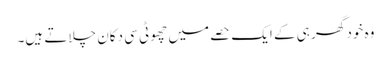
وہ خود گھر ہی کے ایک حصے میں چھوٹی سی دکان چلاتے ہیں۔